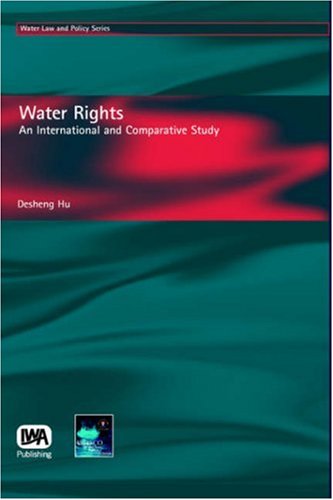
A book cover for Water Rights: An International and Comparative Study (Water Law & Policy); Desheng Hu; Law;